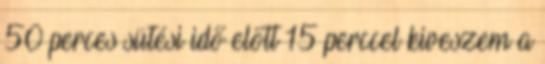
50 perces sütési idő előtt 15 perccel kiveszem a